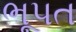
ભૂપત